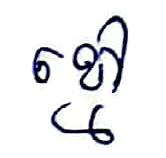
ខ្មៅ